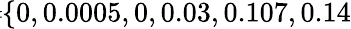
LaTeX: \! \! \! \! \! \! \! \overline{{\sigma}}\! \! =\! \! \{ 0,0.0005,0,0.03,0.107,0.14\} \! \! \!